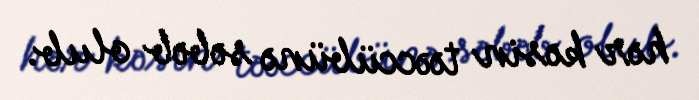
hər kəsin təəccübünə səbəb olub.